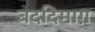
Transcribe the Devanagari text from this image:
बददिमाग़